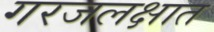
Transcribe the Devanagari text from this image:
गरजलक्षात